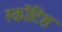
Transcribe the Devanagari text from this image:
स्कोंटिश